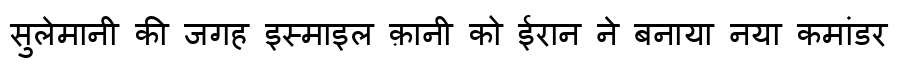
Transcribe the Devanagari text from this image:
सुलेमानी की जगह इस्माइल क़ानी को ईरान ने बनाया नया कमांडर